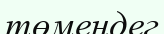
төмендег